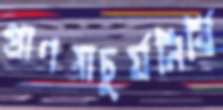
প্রাণপ্রাচুর্যনির্বি